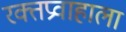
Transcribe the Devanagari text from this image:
रक्तप्रवाहाला